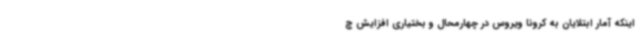
اینکه آمار ابتلایان به کرونا ویروس در چهارمحال و بختیاری افزایش چ